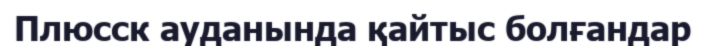
Плюсск ауданында қайтыс болғандар